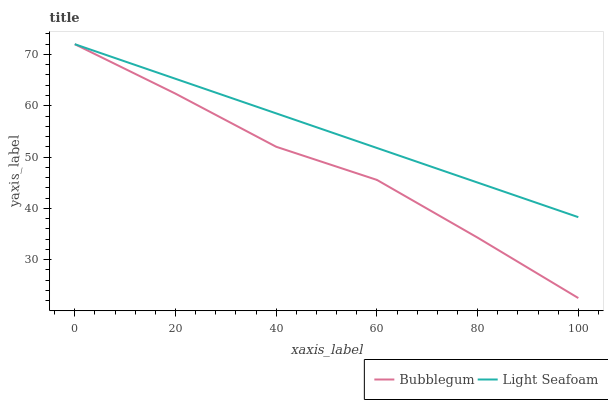
| xaxis_label | Bubblegum | Light Seafoam |
 | --- | --- | --- |
 | 0 | 72 | 72 |
 | 20 | 62.4 | 65.3 |
 | 40 | 52 | 58.5 |
 | 60 | 45.5 | 51.8 |
 | 80 | 34.3 | 45 |
 | 100 | 22.5 | 38.3 |